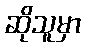
ဆိုသူမှာ